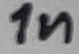
Text: 1n